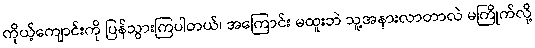
ကိုယ့်ကျောင်းကို ပြန်သွားကြပါတယ်၊ အကြောင်း မထူးဘဲ သူ့အနားလာတာလဲ မကြိုက်လို့